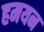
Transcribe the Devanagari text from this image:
हमयन